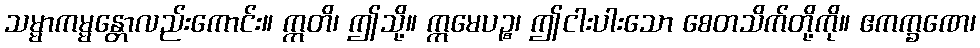
သမ္မာကမ္မန္တောလည်းကောင်း။ ဣတိ၊ ဤသို့။ ဣမေပဉ္စ၊ ဤငါးပါးသော စေတသိက်တို့ကို။ ဧကက္ခဏေ၊